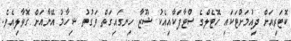
ކޮޓަރިއަށް ދިއުމަށްޓަކައި ހޮޓެލްގެ ސްޓާފަކާއިއެކު ޝޫޒާ ހިނގައިގަތް ވަގުތު ޝިހާމު އޭނާއަށް ގޮވާލިއެވެ.